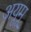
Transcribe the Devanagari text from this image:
अयूमू